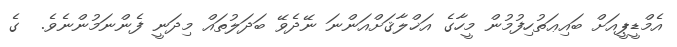
އެމްޑީޕީއަށް ބައިޢަތުހިފުމުން މީހާގެ އަޚްލާޤަށްއަންނަ ނޭދެވޭ ބަދަލުތައް މިދަނީ ފެންނަމުންނެވެ.  ގެ